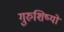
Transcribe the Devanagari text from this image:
गुरुशिष्यों